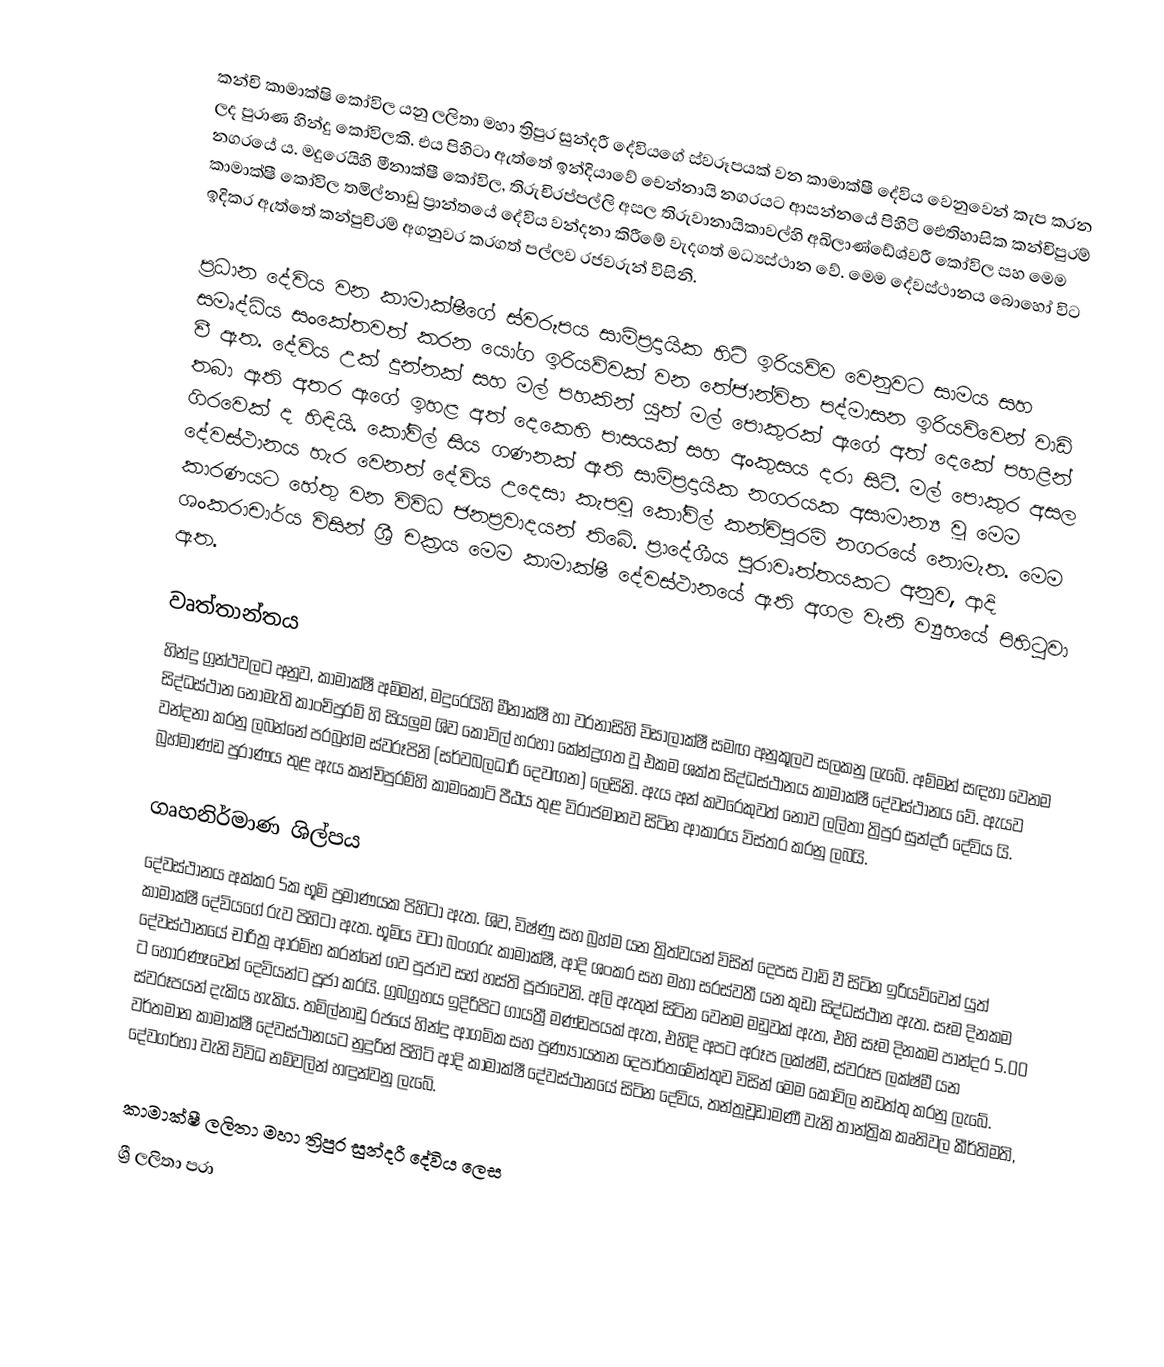
කන්චි කාමාක්ෂි කෝවිල යනු ලලිතා මහා ත්‍රිපුර සුන්දරී දේවියගේ ස්වරූපයක් වන කාමාක්ෂී දේවිය වෙනුවෙන් කැප කරන ලද පුරාණ හින්දු කෝවිලකි. එය පිහිටා ඇත්තේ ඉන්දියාවේ චෙන්නායි නගරයට ආසන්නයේ පිහිටි ඓතිහාසික කන්චිපුරම් නගරයේ ය. මදුරෙයිහි මීනාක්ෂී කෝවිල, තිරුචිරප්පල්ලි අසල තිරුවානායිකාවල්හි අඛිලාණ්ඩේශ්වරී කෝවිල සහ මෙම කාමාක්ෂී කෝවිල තමිල්නාඩු ප්‍රාන්තයේ දේවිය වන්දනා කිරීමේ වැදගත් මධ්‍යස්ථාන වේ. මෙම දේවස්ථානය බොහෝ විට ඉදිකර ඇත්තේ කන්පුචිරම් අගනුවර කරගත් පල්ලව රජවරුන් විසිනි.

ප්‍රධාන දේවිය වන කාමාක්ෂීගේ ස්වරූපය සාම්ප්‍රදායික හිටි ඉරියව්ව වෙනුවට සාමය සහ සමෘද්ධිය සංකේතවත් කරන යෝග ඉරියව්වක් වන තේජාන්විත පද්මාසන ඉරියව්වෙන් වාඩි වී ඇත. දේවිය උක් දුන්නක් සහ මල් පහකින් යුත් මල් පොකුරක් ඇගේ අත් දෙකේ පහළින් තබා ඇති අතර ඇගේ ඉහළ අත් දෙකෙහි පාසයක් සහ අංකුසය දරා සිටී. මල් පොකුර අසල ගිරවෙක් ද හිඳියි.  කෝවිල් සිය ගණනක් ඇති සාම්ප්‍රදායික නගරයක අසාමාන්‍ය වූ මෙම දේවස්ථානය හැර වෙනත් දේවිය උදෙසා කැපවූ කෝවිල් කන්චිපුරම් නගරයේ නොමැත. මෙම කාරණයට හේතු වන විවිධ ජනප්‍රවාදයන් තිබේ. ප්‍රාදේශීය පුරාවෘත්තයකට අනුව, ආදි ශංකරාචාර්ය විසින් ශ්‍රී චක්‍රය මෙම කාමාක්ෂී දේවස්ථානයේ ඇති අගල වැනි ව්‍යුහයේ පිහිටුවා ඇත.

වෘත්තාන්තය
හින්දු ග්‍රන්ථවලට අනුව, කාමාක්ෂී අම්මන්, මදුරෙයිහි මීනාක්ෂී හා වරනාසිහි විසාලාක්ෂී සමඟ අනුකූලව සලකනු ලැබේ. අම්මන් සඳහා වෙනම සිද්ධස්ථාන නොමැති කාංචිපුරම් හි සියලුම ශිව කෝවිල් හරහා කේන්ද්‍රගත වූ එකම ශක්ත සිද්ධස්ථානය කාමාක්ෂී දේවස්ථානය වේ. ඇයව වන්දනා කරනු ලබන්නේ පරබ්‍රහ්ම ස්වරූපිනි (සර්වබලධාරී දෙවඟන) ලෙසිනි. ඇය අන් කවරෙකුවත් නොව ලලිතා ත්‍රිපුර සුන්දරී දේවිය යි. බ්‍රහ්මාණ්ඩ පුරාණය තුළ ඇය කන්චිපුරම්හි කාමකෝටි පීඨය තුළ විරාජමානව සිටින ආකාරය විස්තර කරනු ලබයි.

ගෘහනිර්මාණ ශිල්පය
දේවස්ථානය අක්කර 5ක භූමි ප්‍රමාණයක පිහිටා ඇත. ශිව, විෂ්ණු සහ බ්‍රහ්ම යන ත්‍රිත්වයන් විසින් දෙපස වාඩි වී සිටින ඉරියව්වෙන් යුත් කාමාක්ෂී දේවියගේ රුව පිහිටා ඇත. භූමිය වටා බංගරු කාමාක්ෂී, ආදි ශංකර සහ මහා සරස්වතී යන කුඩා සිද්ධස්ථාන ඇත. සෑම දිනකම දේවස්ථානයේ චාරිත්‍ර ආරම්භ කරන්නේ ගව පුජාව සහ් හස්ති පූජාවෙනි. අලි ඇතුන් සිටින වෙනම මඩුවක් ඇත, එහි සෑම දිනකම පාන්දර 5.00 ට හොරණෑවෙන් දෙවියන්ට පූජා කරයි. ග්‍රබග්‍රහය ඉදිරිපිට ගායත්‍රී මණ්ඩපයක් ඇත, එහිදි අපට අරූප ලක්ෂ්‍මී, ස්වරූප ලක්ෂ්මී යන ස්වරූපයන් දැකිය හැකිය. තමිල්නාඩු රජයේ හින්දු ආගමික සහ පුණ්‍යායතන දෙපාර්තමේන්තුව විසින් මෙම කෝවිල නඩත්තු කරනු ලැබේ. වර්තමාන කාමාක්ෂී දේවස්ථානයට නුදුරින් පිහිටි ආදි කාමාක්ෂී දේවස්ථානයේ සිටින දේවිය, තන්ත්‍රචූඩාමණී වැනි තාන්ත්‍රික කෘතිවල කීර්තිමති, දේවගර්භා වැනි විවිධ නම්වලින් හඳුන්වනු ලැබේ.

කාමාක්ෂී ලලිතා මහා ත්‍රිපුර සුන්දරී දේවිය ලෙස
ශ්‍රී ලලිතා පරා